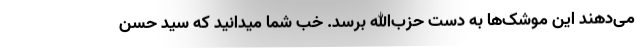
می‌دهند این موشک‌ها به دست حزب‌الله برسد. خب شما میدانید که سید حسن